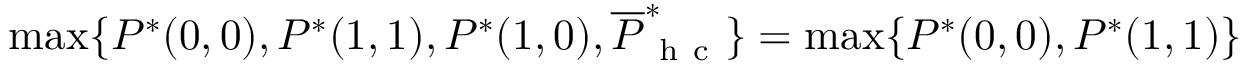
\operatorname* { m a x } \{ P ^ { * } ( 0 , 0 ) , P ^ { * } ( 1 , 1 ) , P ^ { * } ( 1 , 0 ) , \overline { { P } } _ { \mathrm { ~ h ~ c ~ } } ^ { * } \} = \operatorname* { m a x } \{ P ^ { * } ( 0 , 0 ) , P ^ { * } ( 1 , 1 ) \}